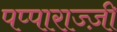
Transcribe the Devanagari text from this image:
पप्पाराज्ज़ी